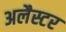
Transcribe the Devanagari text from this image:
अलैस्टर